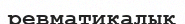
ревматикалық